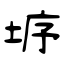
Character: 垿